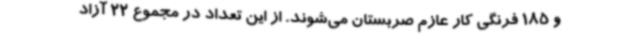
و 185 فرنگی کار عازم صربستان می‌شوند. از این تعداد در مجموع 22 آزاد